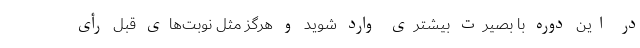
در این دوره با بصیرت بیشتری وارد شوید و هرگز مثل نوبت‌های قبل رأی